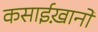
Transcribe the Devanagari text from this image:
कसाईख़ानों